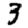
Digit: 3